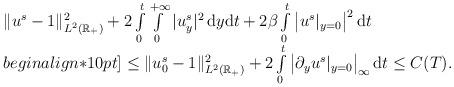
LaTeX: \begin{align*}\begin{array}{ll}\|u^s -1\|_{L^2(\mathbb{R_{+}})}^2 + 2\int\limits_0^t \int\limits_0^{+\infty} |u_y^s|^2 \,\mathrm{d}y\mathrm{d}t+ 2\beta \int\limits_0^t \big|u^s|_{y=0}\big|^2 \,\mathrm{d}t \\begin{align*}10pt]\leq \|u_0^s -1\|_{L^2(\mathbb{R_{+}})}^2 + 2\int\limits_0^t\big|\partial_y u^s|_{y=0}\big|_{\infty} \,\mathrm{d}t \leq C(T).\end{array}\end{align*}